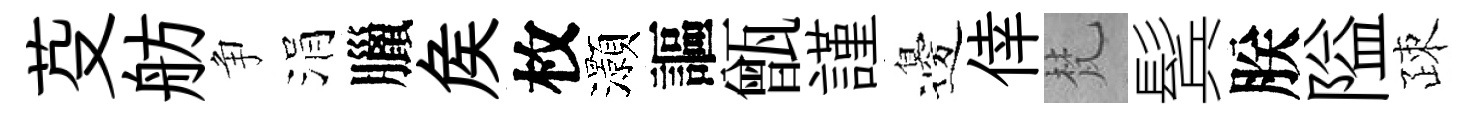
芟舫争涓臘矦枚灝謳甑謹邊倖梵鬂朕隘疎